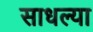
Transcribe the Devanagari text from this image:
साधल्या